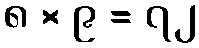
၈ × ၉ = ၇၂